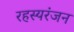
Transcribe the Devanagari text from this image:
रहस्यरंजन